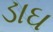
ડાઘ